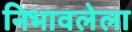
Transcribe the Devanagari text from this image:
निभावलेला